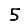
Digit: 5